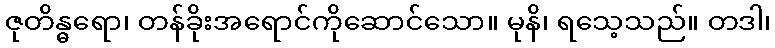
ဇုတိန္ဓရော၊ တန်ခိုးအရောင်ကိုဆောင်သော။ မုနိ၊ ရသေ့သည်။ တဒါ၊